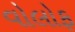
વોલોફ